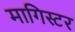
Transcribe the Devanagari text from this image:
मागिस्टर